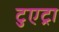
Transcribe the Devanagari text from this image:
टुएट्रा